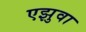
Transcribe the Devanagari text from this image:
एझुवा